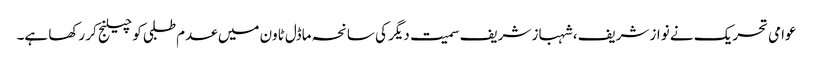
عوامی تحریک نے نواز شریف، شہباز شریف سمیت دیگر کی سانحہ ماڈل ٹاون میں عدم طلبی کو چیلنج کر رکھا ہے۔